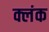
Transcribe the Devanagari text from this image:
क्लंक